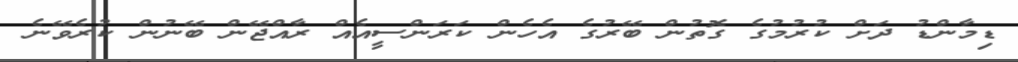
ޑިމާންޑު ދަށް ކުރުމުގެ ގޮތުން ބޭރުގެ އެހެން ކަރަންސީއެއް ރާއްޖޭން ބޭނުން ކުރެވޭނެ